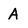
Character: A